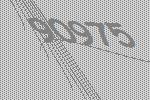
90975